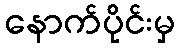
နောက်ပိုင်းမှ